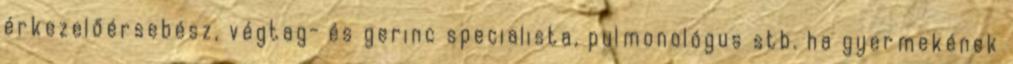
érkezelőérsebész, végtag- és gerinc specialista, pulmonológus stb. ha gyermekének